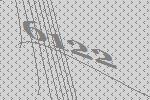
6122